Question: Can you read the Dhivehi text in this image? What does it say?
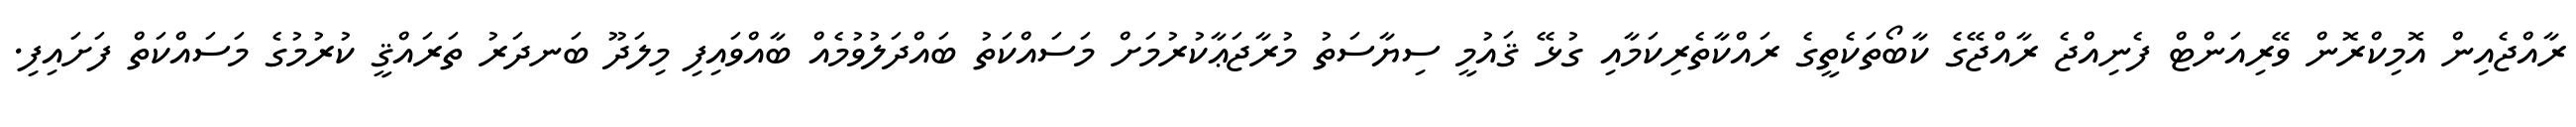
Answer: ރާއްޖެއިން އޮމިކްރޮން ވޭރިއަންޓް ފެނިއްޖެ ރާއްޖޭގެ ކާބޯތަކެތީގެ ރައްކާތެރިކަމާއި ގުޅޭ ޤައުމީ ސިޔާސަތު މުރާޖަޢާކުރުމަށް މަސައްކަތު ބައްދަލުވުމެއް ބާއްވައިފި މިލަދޫ ބަނދަރު ތަރައްޤީ ކުރުމުގެ މަސައްކަތް ފަށައިފި.